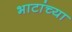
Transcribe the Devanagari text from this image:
भाटांच्या